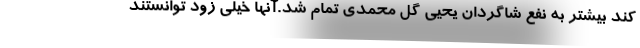
کند بیشتر به نفع شاگردان یحیی گل محمدی تمام شد.آنها خیلی زود توانستند